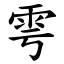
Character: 雩